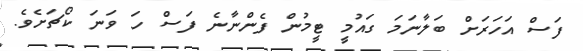
ފަސް އަހަރަށް ބަލާނަމަ ގައުމީ ޓީމުން ފެންނާނެ ފަސް ހަ ވަނަ ކޯޗަށެވެ.